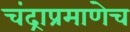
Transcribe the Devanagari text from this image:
चंद्राप्रमाणेच